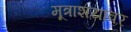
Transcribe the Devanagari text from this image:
मूत्राशयावर